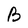
Character: B